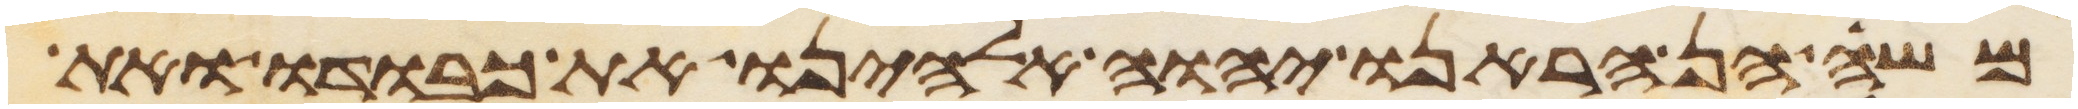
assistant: משה הן הראנו יהוה אלהינו את כבודו ואת